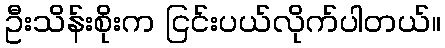
ဦးသိန်းစိုးက ငြင်းပယ်လိုက်ပါတယ်။